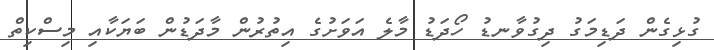
ގުޅިގެން ދަޑިމަގު ދިގުވާނޑު ހޯދަޑު މާލެ އަވަށުގެ އިތުރުން މާދަޑުން ބަޔަކާއި މިސްކިތް